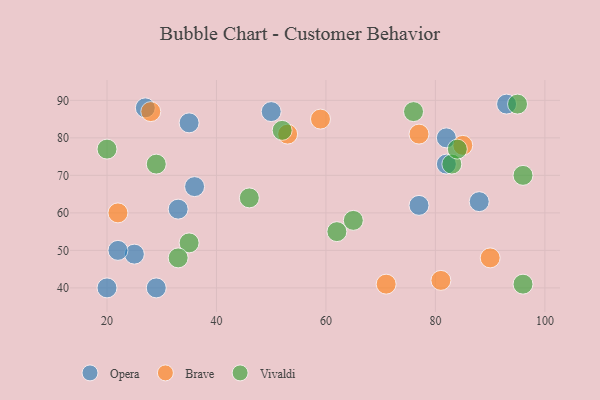
{"axis": {"x": "GDP", "y": "Life Expectancy"}, "legend": ["Brave", "Opera", "Vivaldi"], "data": [{"x": "50", "y": 87, "type": "Opera"}, {"x": "33", "y": 61, "type": "Opera"}, {"x": "27", "y": 88, "type": "Opera"}, {"x": "35", "y": 84, "type": "Opera"}, {"x": "20", "y": 40, "type": "Opera"}, {"x": "29", "y": 40, "type": "Opera"}, {"x": "82", "y": 80, "type": "Opera"}, {"x": "93", "y": 89, "type": "Opera"}, {"x": "88", "y": 63, "type": "Opera"}, {"x": "25", "y": 49, "type": "Opera"}, {"x": "22", "y": 50, "type": "Opera"}, {"x": "36", "y": 67, "type": "Opera"}, {"x": "82", "y": 73, "type": "Opera"}, {"x": "77", "y": 62, "type": "Opera"}, {"x": "22", "y": 60, "type": "Brave"}, {"x": "77", "y": 81, "type": "Brave"}, {"x": "53", "y": 81, "type": "Brave"}, {"x": "85", "y": 78, "type": "Brave"}, {"x": "90", "y": 48, "type": "Brave"}, {"x": "59", "y": 85, "type": "Brave"}, {"x": "71", "y": 41, "type": "Brave"}, {"x": "28", "y": 87, "type": "Brave"}, {"x": "81", "y": 42, "type": "Brave"}, {"x": "35", "y": 52, "type": "Vivaldi"}, {"x": "33", "y": 48, "type": "Vivaldi"}, {"x": "95", "y": 89, "type": "Vivaldi"}, {"x": "46", "y": 64, "type": "Vivaldi"}, {"x": "20", "y": 77, "type": "Vivaldi"}, {"x": "96", "y": 41, "type": "Vivaldi"}, {"x": "65", "y": 58, "type": "Vivaldi"}, {"x": "52", "y": 82, "type": "Vivaldi"}, {"x": "76", "y": 87, "type": "Vivaldi"}, {"x": "29", "y": 73, "type": "Vivaldi"}, {"x": "83", "y": 73, "type": "Vivaldi"}, {"x": "84", "y": 77, "type": "Vivaldi"}, {"x": "62", "y": 55, "type": "Vivaldi"}, {"x": "96", "y": 70, "type": "Vivaldi"}]}